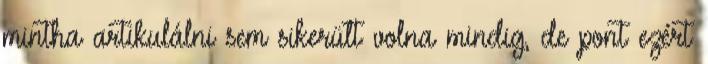
mintha artikulálni sem sikerült volna mindig, de pont ezért